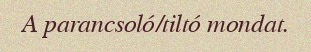
A parancsoló/tiltó mondat.